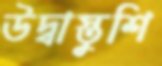
উদ্বাস্তুশি